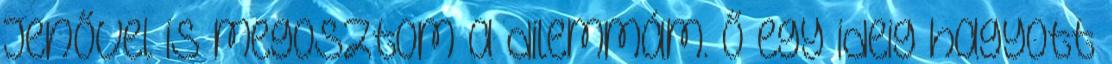
Jenővel is megosztom a dilemmám. Ő egy ideig hagyott